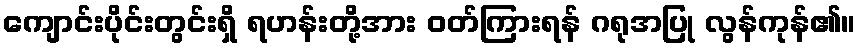
ကျောင်းပိုင်းတွင်းရှိ ရဟန်းတို့အား ဝတ်ကြားရန် ဂရုအပြု လွန်ကုန်၏။